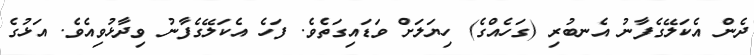
ދެން އެކަލޭގެފާނު އެނބުރި (ގަހެއްގެ) ހިޔަލަށް ވަޑައިގަތެވެ. ފަހެ އެކަލޭގެފާނު ވިދާޅުވިއެވެ. އަޅުގެ